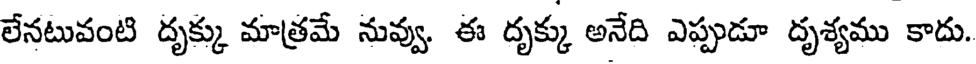
లేనటువంటి దృక్కు మాత్రమే నువ్వు. ఈ దృక్కు అనేది ఎప్పుడూ దృశ్యము కాదు.